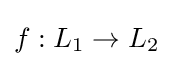
f:L_{1}\to L_{2}